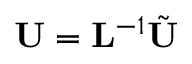
{ \bf U } = { \bf L } ^ { - 1 } \tilde { \bf U }